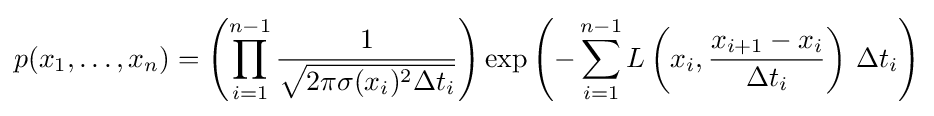
p(x_{1},\ldots ,x_{n})=\left(\prod _{i=1}^{n-1}{\frac {1}{\sqrt {2\pi \sigma (x_{i})^{2}\Delta t_{i}}}}\right)\exp \left(-\sum _{i=1}^{n-1}L\left(x_{i},{\frac {x_{i+1}-x_{i}}{\Delta t_{i}}}\right)\,\Delta t_{i}\right)